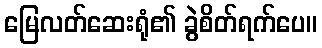
မြေလတ်ဆေးရုံ၏ ခွဲစိတ်ရက်ပေ။